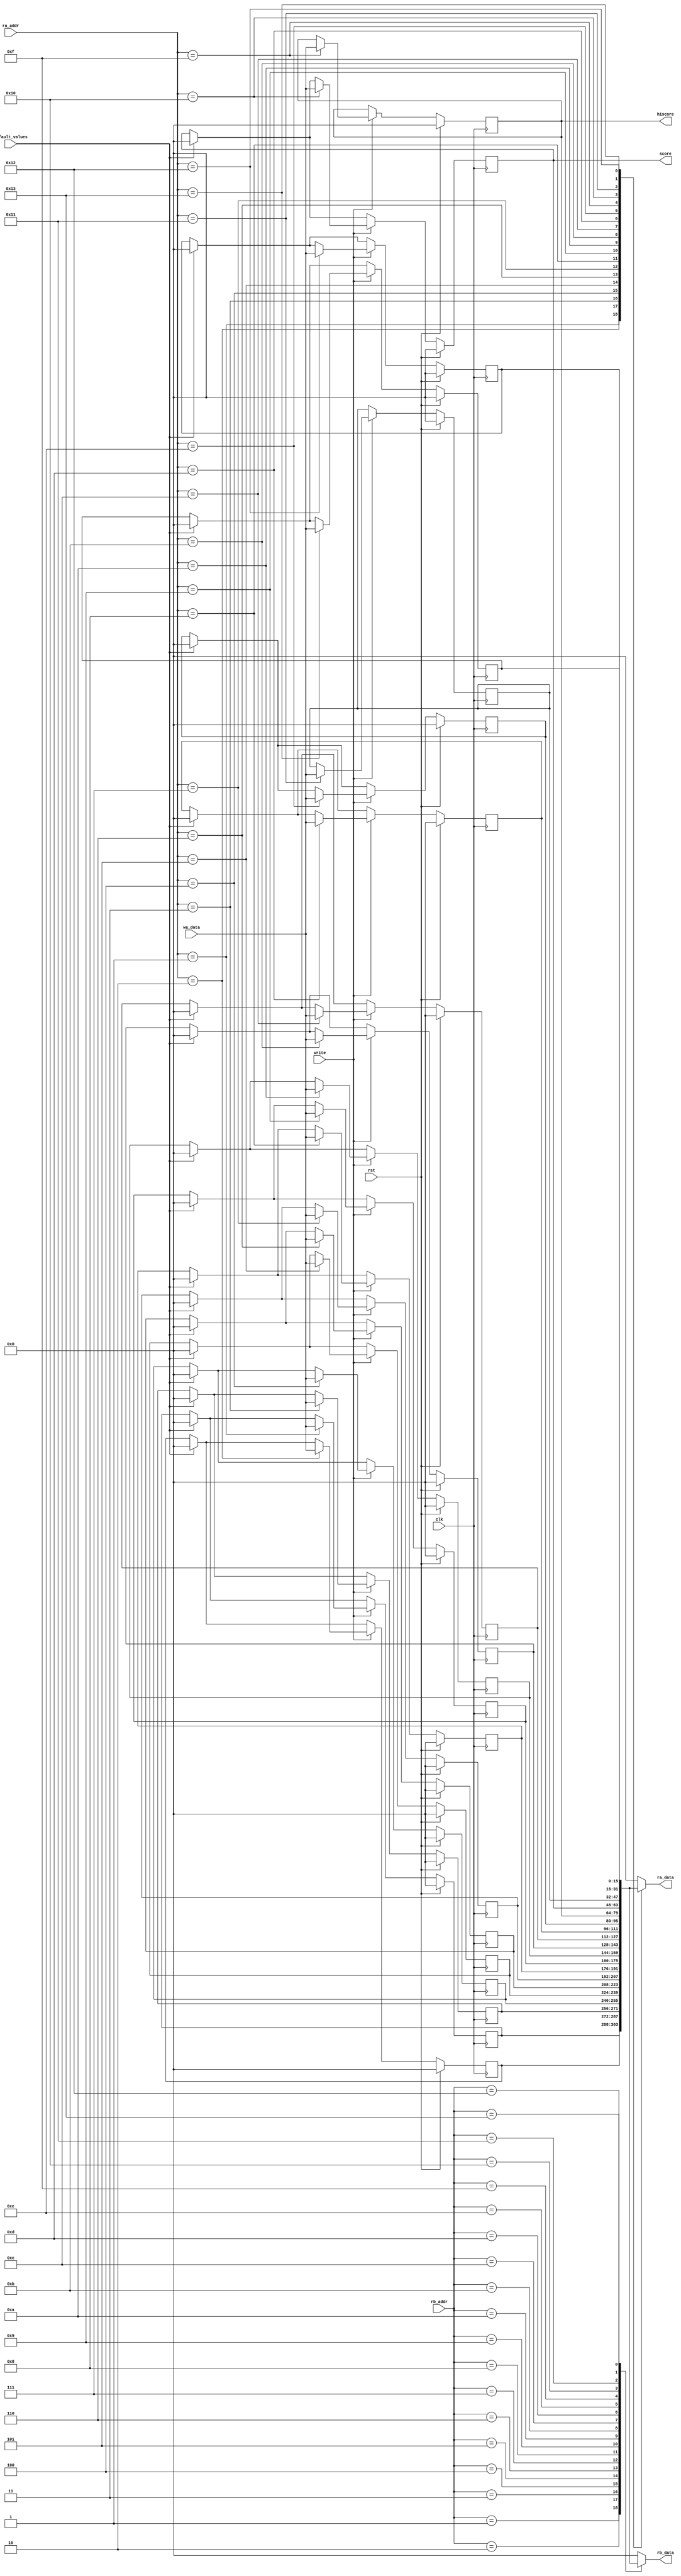
/*
   This file was generated automatically by the Mojo IDE version B1.3.6.
   Do not edit this file directly. Instead edit the original Lucid source.
   This is a temporary file and any changes made to it will be destroyed.
*/

module regFile_3 (
    input clk,
    input rst,
    input [4:0] ra_addr,
    input [4:0] rb_addr,
    input write,
    input default_values,
    input [15:0] wa_data,
    output reg [15:0] ra_data,
    output reg [15:0] rb_data,
    output reg [15:0] hiscore,
    output reg [15:0] score
  );
  
  
  
  reg [15:0] M_r1_data_d, M_r1_data_q = 1'h0;
  reg [15:0] M_r2_data_d, M_r2_data_q = 1'h0;
  reg [15:0] M_r3_data_d, M_r3_data_q = 1'h0;
  reg [15:0] M_r4_data_d, M_r4_data_q = 1'h0;
  reg [15:0] M_r5_data_d, M_r5_data_q = 1'h0;
  reg [15:0] M_r6_data_d, M_r6_data_q = 1'h0;
  reg [15:0] M_r7_data_d, M_r7_data_q = 1'h0;
  reg [15:0] M_r8_data_d, M_r8_data_q = 1'h0;
  reg [15:0] M_r9_data_d, M_r9_data_q = 1'h0;
  reg [15:0] M_r10_data_d, M_r10_data_q = 1'h0;
  reg [15:0] M_r11_data_d, M_r11_data_q = 1'h0;
  reg [15:0] M_r12_data_d, M_r12_data_q = 1'h0;
  reg [15:0] M_r13_data_d, M_r13_data_q = 1'h0;
  reg [15:0] M_r14_data_d, M_r14_data_q = 1'h0;
  reg [15:0] M_r15_data_d, M_r15_data_q = 1'h0;
  reg [15:0] M_r16_data_d, M_r16_data_q = 1'h0;
  reg [15:0] M_r17_data_d, M_r17_data_q = 1'h0;
  reg [15:0] M_r18_data_d, M_r18_data_q = 1'h0;
  reg [15:0] M_r19_data_d, M_r19_data_q = 1'h0;
  
  always @* begin
    M_r11_data_d = M_r11_data_q;
    M_r8_data_d = M_r8_data_q;
    M_r13_data_d = M_r13_data_q;
    M_r10_data_d = M_r10_data_q;
    M_r15_data_d = M_r15_data_q;
    M_r6_data_d = M_r6_data_q;
    M_r4_data_d = M_r4_data_q;
    M_r9_data_d = M_r9_data_q;
    M_r1_data_d = M_r1_data_q;
    M_r16_data_d = M_r16_data_q;
    M_r18_data_d = M_r18_data_q;
    M_r17_data_d = M_r17_data_q;
    M_r14_data_d = M_r14_data_q;
    M_r12_data_d = M_r12_data_q;
    M_r2_data_d = M_r2_data_q;
    M_r7_data_d = M_r7_data_q;
    M_r19_data_d = M_r19_data_q;
    M_r3_data_d = M_r3_data_q;
    M_r5_data_d = M_r5_data_q;
    
    if (default_values) begin
      M_r1_data_d = 16'h0000;
      M_r2_data_d = 16'h0000;
      M_r3_data_d = 16'h0000;
      M_r4_data_d = 16'h0000;
      M_r5_data_d = 16'h0000;
      M_r6_data_d = 16'h0000;
      M_r7_data_d = 16'h0000;
      M_r8_data_d = 16'h0000;
      M_r9_data_d = 16'h0000;
      M_r10_data_d = 16'h0000;
      M_r11_data_d = 16'h0000;
      M_r12_data_d = 16'h0000;
      M_r13_data_d = 16'h0000;
      M_r14_data_d = 16'h0000;
      M_r15_data_d = M_r15_data_q;
      M_r16_data_d = 16'h0000;
      M_r17_data_d = M_r17_data_q;
      M_r18_data_d = 16'h0000;
      M_r19_data_d = 16'h0000;
    end
    if (write) begin
      
      case (ra_addr)
        5'h01: begin
          M_r1_data_d = wa_data;
        end
        5'h02: begin
          M_r2_data_d = wa_data;
        end
        5'h03: begin
          M_r3_data_d = wa_data;
        end
        5'h04: begin
          M_r4_data_d = wa_data;
        end
        5'h05: begin
          M_r5_data_d = wa_data;
        end
        5'h06: begin
          M_r6_data_d = wa_data;
        end
        5'h07: begin
          M_r7_data_d = wa_data;
        end
        5'h08: begin
          M_r8_data_d = wa_data;
        end
        5'h09: begin
          M_r9_data_d = wa_data;
        end
        5'h0a: begin
          M_r10_data_d = wa_data;
        end
        5'h0b: begin
          M_r11_data_d = wa_data;
        end
        5'h0c: begin
          M_r12_data_d = wa_data;
        end
        5'h0d: begin
          M_r13_data_d = wa_data;
        end
        5'h0e: begin
          M_r14_data_d = wa_data;
        end
        5'h0f: begin
          M_r15_data_d = wa_data;
        end
        5'h10: begin
          M_r16_data_d = wa_data;
        end
        5'h11: begin
          M_r17_data_d = wa_data;
        end
        5'h12: begin
          M_r18_data_d = wa_data;
        end
        5'h13: begin
          M_r19_data_d = wa_data;
        end
      endcase
    end
    
    case (ra_addr)
      5'h01: begin
        ra_data = M_r1_data_q;
      end
      5'h02: begin
        ra_data = M_r2_data_q;
      end
      5'h03: begin
        ra_data = M_r3_data_q;
      end
      5'h04: begin
        ra_data = M_r4_data_q;
      end
      5'h05: begin
        ra_data = M_r5_data_q;
      end
      5'h06: begin
        ra_data = M_r6_data_q;
      end
      5'h07: begin
        ra_data = M_r7_data_q;
      end
      5'h08: begin
        ra_data = M_r8_data_q;
      end
      5'h09: begin
        ra_data = M_r9_data_q;
      end
      5'h0a: begin
        ra_data = M_r10_data_q;
      end
      5'h0b: begin
        ra_data = M_r11_data_q;
      end
      5'h0c: begin
        ra_data = M_r12_data_q;
      end
      5'h0d: begin
        ra_data = M_r13_data_q;
      end
      5'h0e: begin
        ra_data = M_r14_data_q;
      end
      5'h0f: begin
        ra_data = M_r15_data_q;
      end
      5'h10: begin
        ra_data = M_r16_data_q;
      end
      5'h11: begin
        ra_data = M_r17_data_q;
      end
      5'h12: begin
        ra_data = M_r18_data_q;
      end
      5'h13: begin
        ra_data = M_r19_data_q;
      end
      5'h1f: begin
        ra_data = 16'h0000;
      end
      default: begin
        ra_data = 16'h0000;
      end
    endcase
    
    case (rb_addr)
      5'h01: begin
        rb_data = M_r1_data_q;
      end
      5'h02: begin
        rb_data = M_r2_data_q;
      end
      5'h03: begin
        rb_data = M_r3_data_q;
      end
      5'h04: begin
        rb_data = M_r4_data_q;
      end
      5'h05: begin
        rb_data = M_r5_data_q;
      end
      5'h06: begin
        rb_data = M_r6_data_q;
      end
      5'h07: begin
        rb_data = M_r7_data_q;
      end
      5'h08: begin
        rb_data = M_r8_data_q;
      end
      5'h09: begin
        rb_data = M_r9_data_q;
      end
      5'h0a: begin
        rb_data = M_r10_data_q;
      end
      5'h0b: begin
        rb_data = M_r11_data_q;
      end
      5'h0c: begin
        rb_data = M_r12_data_q;
      end
      5'h0d: begin
        rb_data = M_r13_data_q;
      end
      5'h0e: begin
        rb_data = M_r14_data_q;
      end
      5'h0f: begin
        rb_data = M_r15_data_q;
      end
      5'h10: begin
        rb_data = M_r16_data_q;
      end
      5'h11: begin
        rb_data = M_r17_data_q;
      end
      5'h12: begin
        rb_data = M_r18_data_q;
      end
      5'h13: begin
        rb_data = M_r19_data_q;
      end
      5'h1f: begin
        rb_data = 16'h0000;
      end
      default: begin
        rb_data = 16'h0000;
      end
    endcase
    hiscore = M_r15_data_q;
    score = M_r16_data_q;
  end
  
  always @(posedge clk) begin
    if (rst == 1'b1) begin
      M_r1_data_q <= 1'h0;
      M_r2_data_q <= 1'h0;
      M_r3_data_q <= 1'h0;
      M_r4_data_q <= 1'h0;
      M_r5_data_q <= 1'h0;
      M_r6_data_q <= 1'h0;
      M_r7_data_q <= 1'h0;
      M_r8_data_q <= 1'h0;
      M_r9_data_q <= 1'h0;
      M_r10_data_q <= 1'h0;
      M_r11_data_q <= 1'h0;
      M_r12_data_q <= 1'h0;
      M_r13_data_q <= 1'h0;
      M_r14_data_q <= 1'h0;
      M_r15_data_q <= 1'h0;
      M_r16_data_q <= 1'h0;
      M_r17_data_q <= 1'h0;
      M_r18_data_q <= 1'h0;
      M_r19_data_q <= 1'h0;
    end else begin
      M_r1_data_q <= M_r1_data_d;
      M_r2_data_q <= M_r2_data_d;
      M_r3_data_q <= M_r3_data_d;
      M_r4_data_q <= M_r4_data_d;
      M_r5_data_q <= M_r5_data_d;
      M_r6_data_q <= M_r6_data_d;
      M_r7_data_q <= M_r7_data_d;
      M_r8_data_q <= M_r8_data_d;
      M_r9_data_q <= M_r9_data_d;
      M_r10_data_q <= M_r10_data_d;
      M_r11_data_q <= M_r11_data_d;
      M_r12_data_q <= M_r12_data_d;
      M_r13_data_q <= M_r13_data_d;
      M_r14_data_q <= M_r14_data_d;
      M_r15_data_q <= M_r15_data_d;
      M_r16_data_q <= M_r16_data_d;
      M_r17_data_q <= M_r17_data_d;
      M_r18_data_q <= M_r18_data_d;
      M_r19_data_q <= M_r19_data_d;
    end
  end
  
endmodule